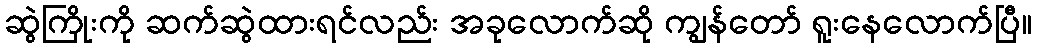
ဆွဲကြိုးကို ဆက်ဆွဲထားရင်လည်း အခုလောက်ဆို ကျွန်တော် ရူးနေလောက်ပြီ။